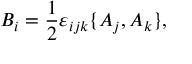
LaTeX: B _ { i } = \frac { 1 } { 2 } \varepsilon _ { i j k } \{ A _ { j } , A _ { k } \} ,